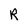
Character: R